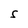
Character: S